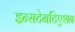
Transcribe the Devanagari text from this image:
इन्सटेनटिएशन